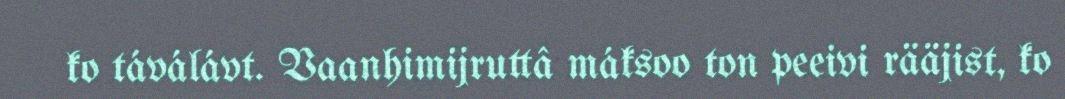
ko táválávt. Vaanhimijruttâ máksoo ton peeivi rääjist, ko